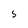
Character: 5